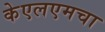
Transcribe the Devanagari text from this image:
केएलएमचा